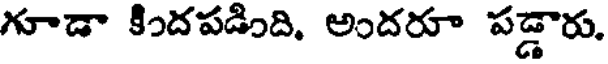
గూడా కిందపడింది, అందరూ పడ్డారు,